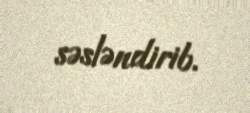
səsləndirib.